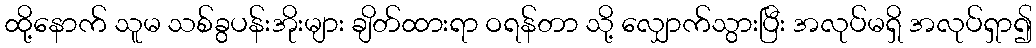
ထို့နောက် သူမ သစ်ခွပန်းအိုးများ ချိတ်ထားရာ ဝရန်တာ သို့ လျှောက်သွားပြီး အလုပ်မရှိ အလုပ်ရှာ၍